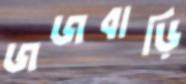
জজবাড়ি